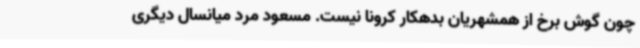
چون گوش برخ از همشهریان بدهکار کرونا نیست. مسعود مرد میانسال دیگری